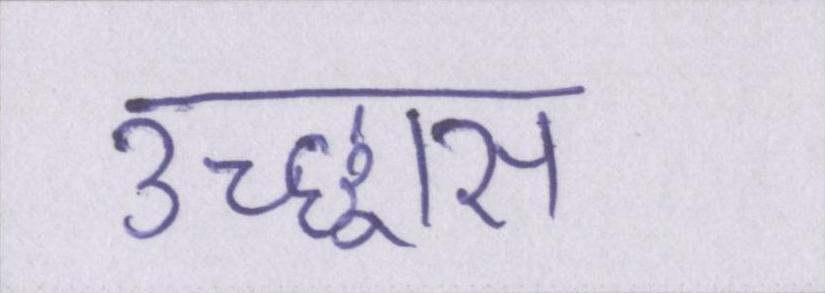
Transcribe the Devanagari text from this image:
उच्छ्वास